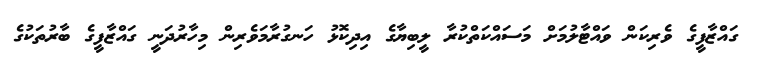
ގައްޒާފީގެ ވެރިކަން ވައްޓާލުމަށް މަސައްކަތްކުރާ ލީބިޔާގެ އިދިކޮޅު ހަނގުރާމަވެރިން މިހާރުދަނީ ގައްޒާފީގެ ބާރުތަކުގެ